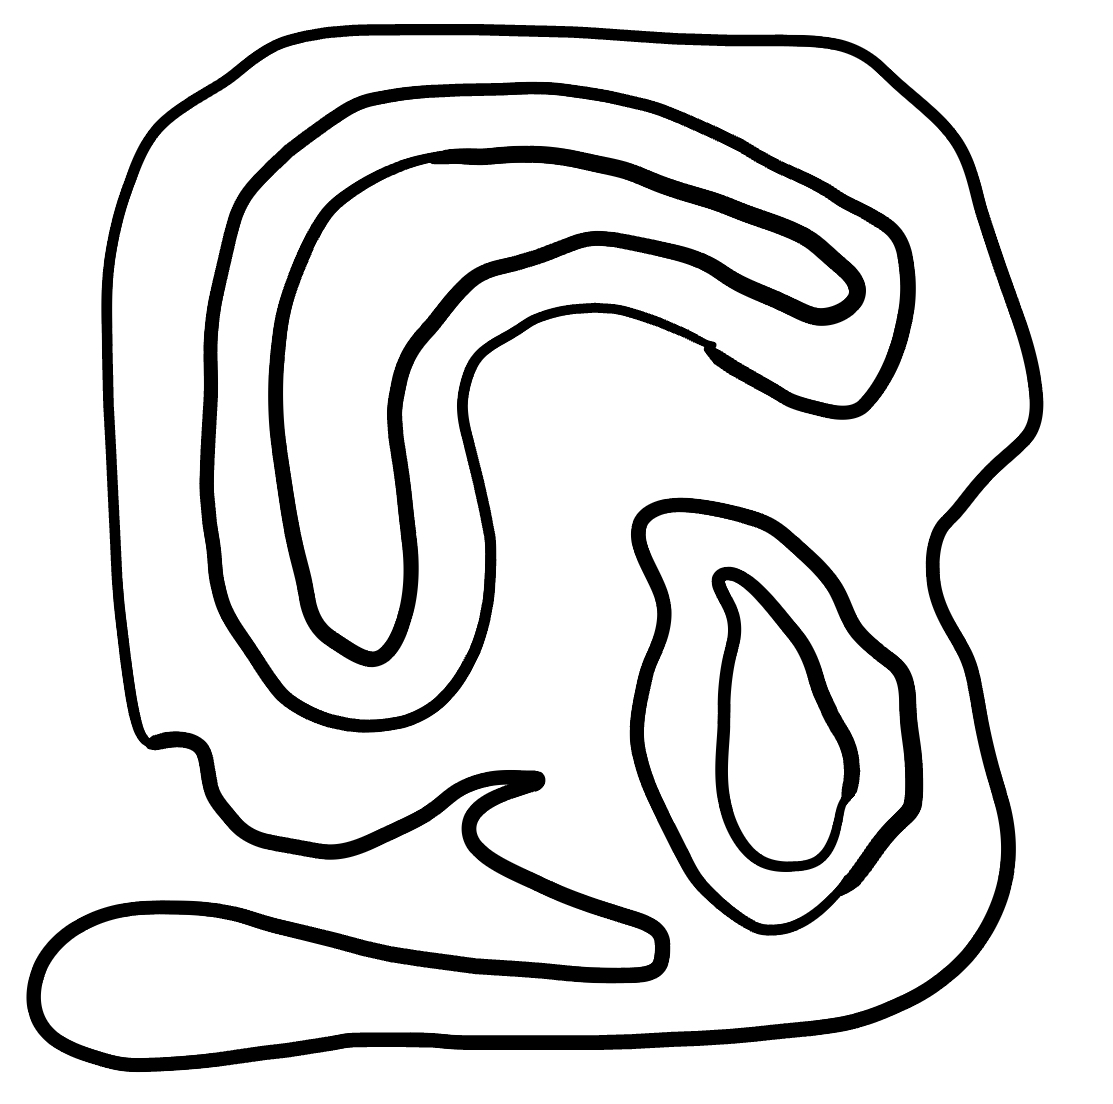
Number of regions (including the outer root region): 6
Containment tree edges (parent, child): 0, 1, 1, 2, 1, 4, 2, 3, 4, 5